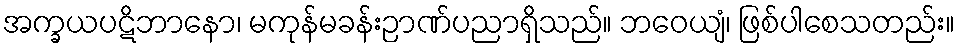
အက္ခယပဋိဘာနော၊ မကုန်မခန်းဉာဏ်ပညာရှိသည်။ ဘဝေယျံ၊ ဖြစ်ပါစေသတည်း။